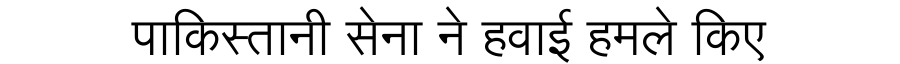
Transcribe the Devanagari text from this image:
पाकिस्तानी सेना ने हवाई हमले किए